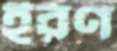
ইরণ